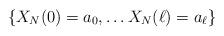
LaTeX: \begin{align*}\{X_N(0)= a_0,\ldots X_N(\ell) = a_{\ell} \}\end{align*}